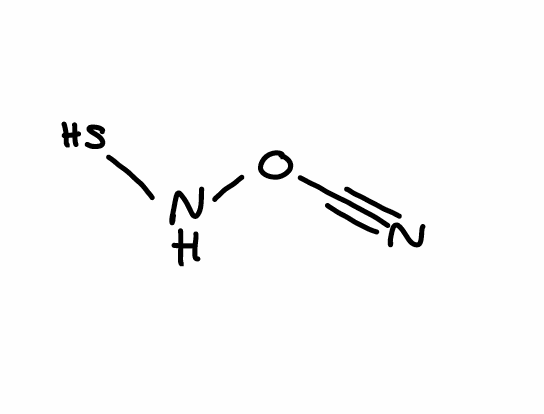
Simplified molecular-input line-entry system (SMILES) notation of the given molecule:
C(#N)ONS